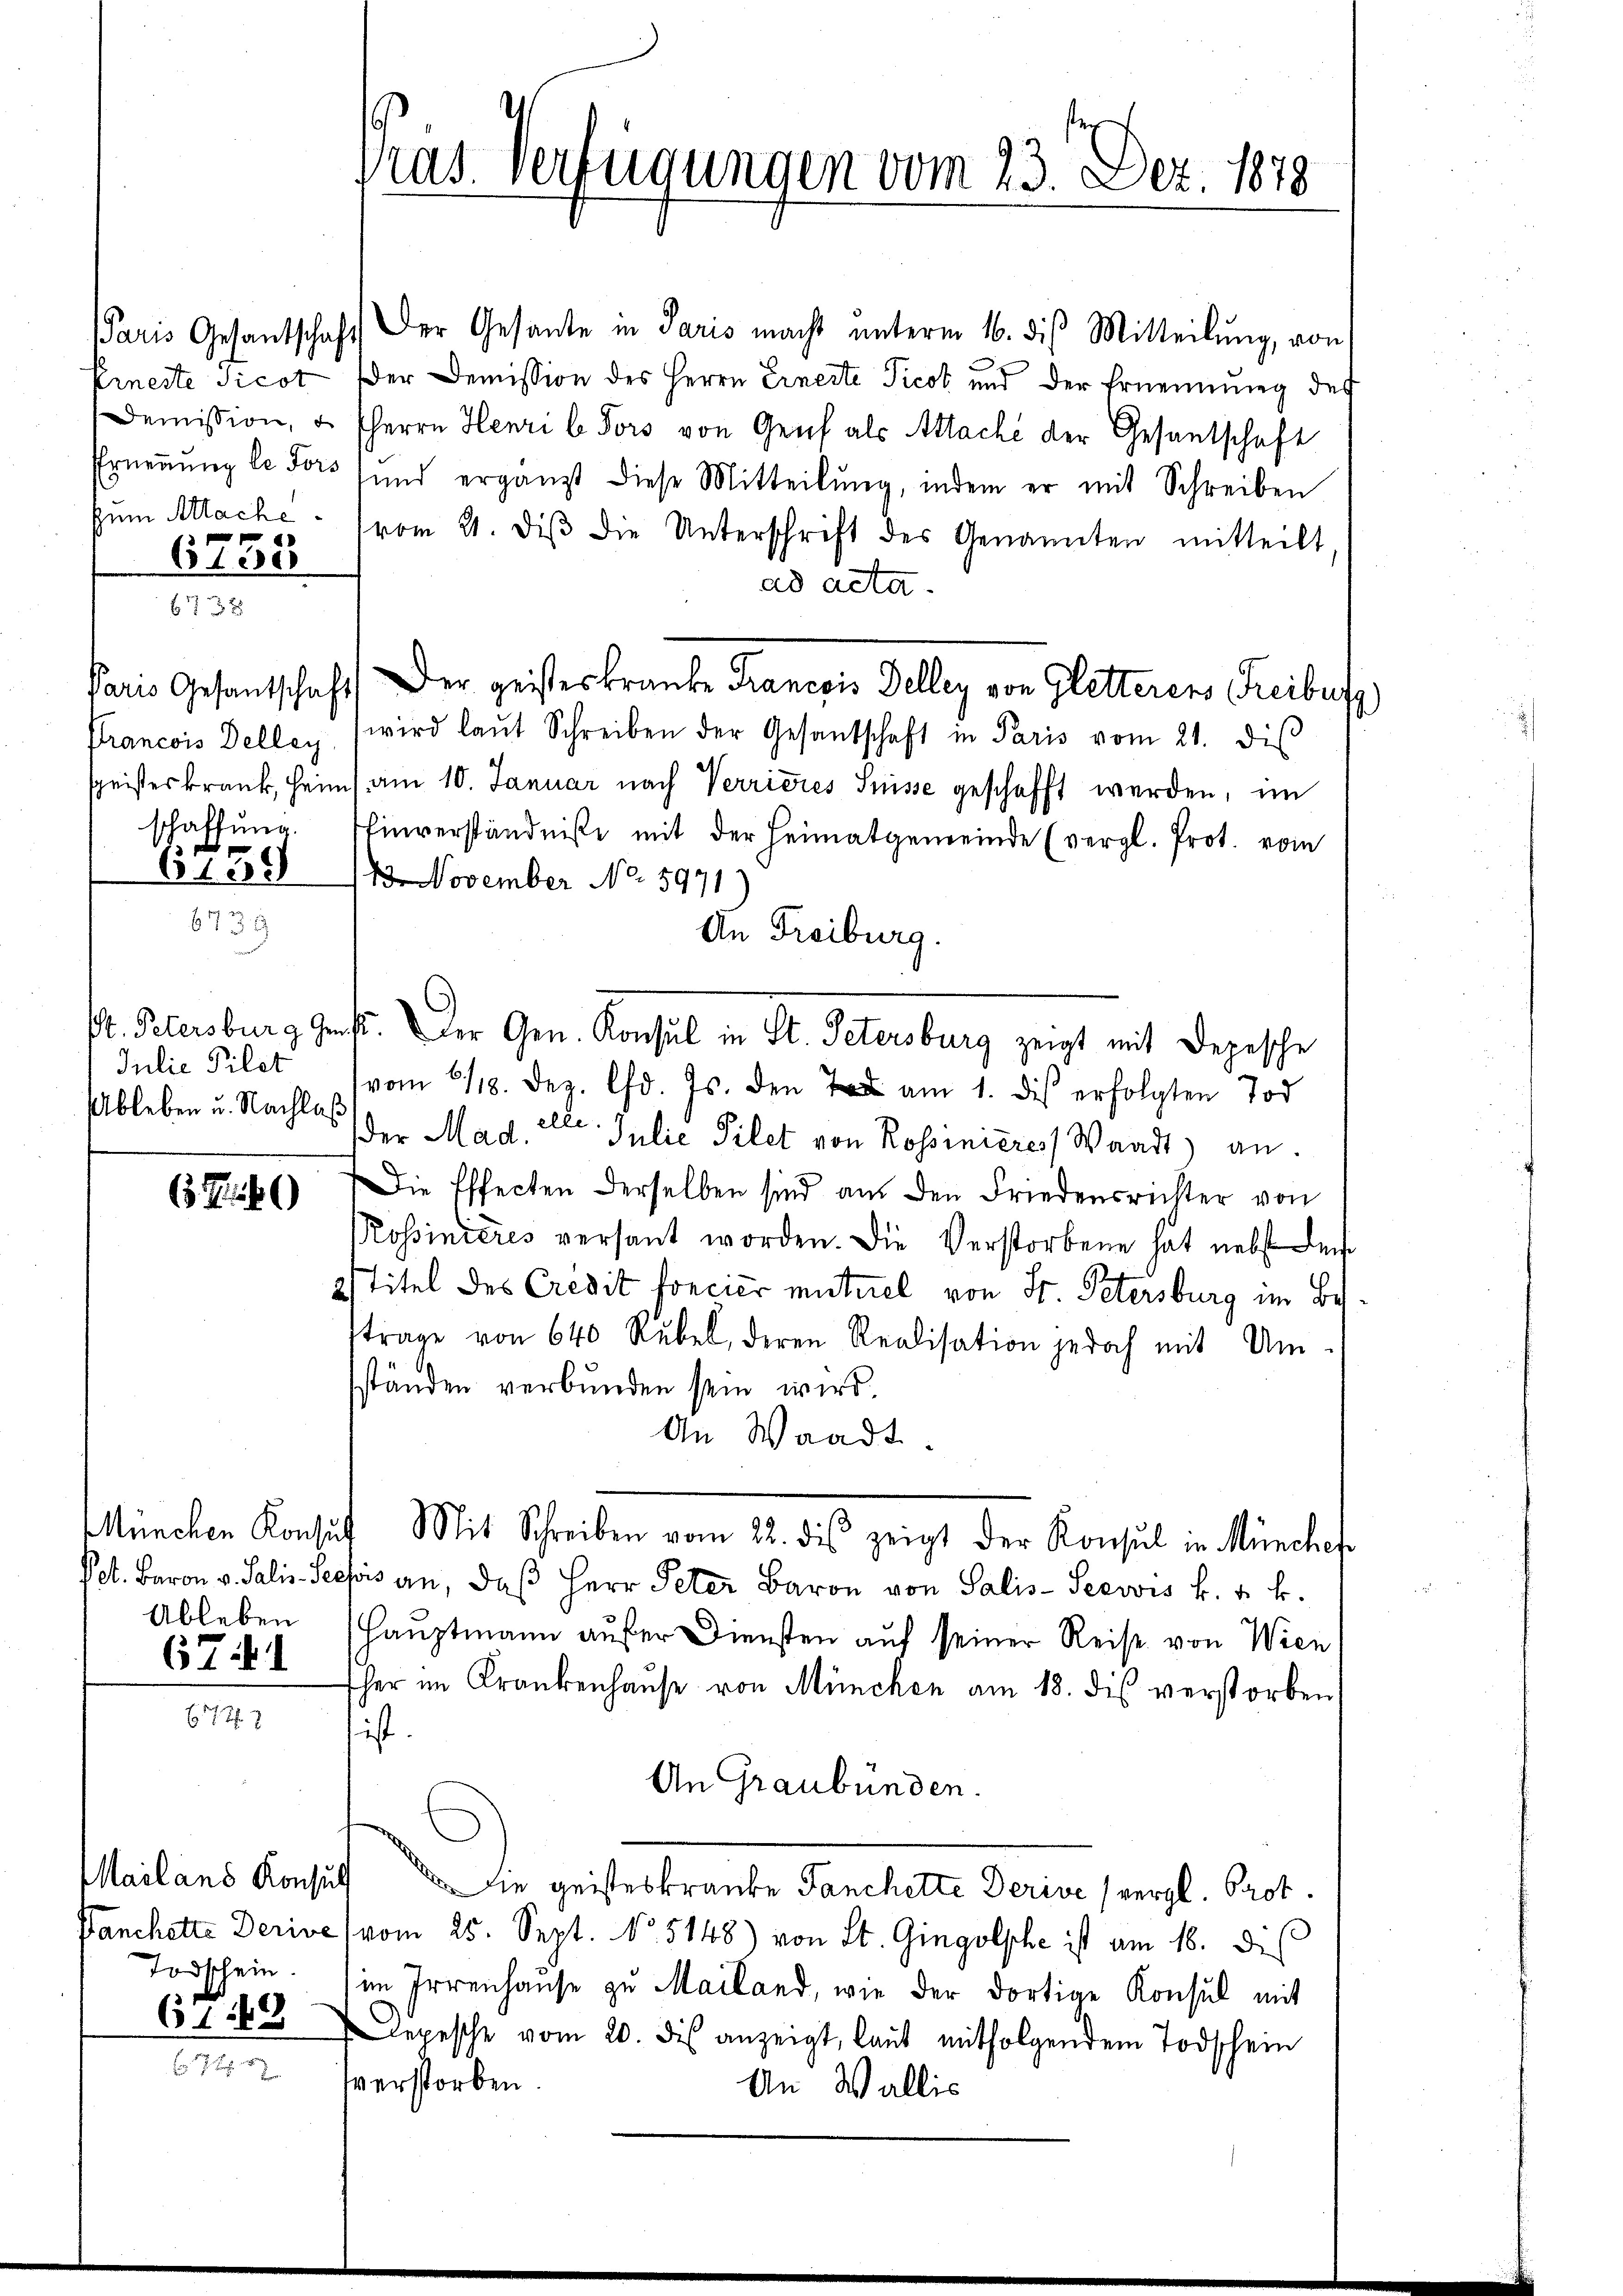
638

651

Pi

6735

672. 7

39

Julie Filet
Ableben u. Nachlaß

schaffung.

Paris Gesantschaft Der Gesante in Paris macht unterm 16. dis Mitteilung, von
Erneste Sicot der Demission des Herrn Einerte Ticot und der Ernennung des
Demission, u. herrn Henri b Pors von Genf als Attache der Gesantschaft
Erneṅŭng le dort sind ergänzt diese Mitteilŭng, indem er mit Schreiben
zŭm Atlache. (vom 21. diβ die Unterschrift des Genannten mitteilt
ad acta.
Paris Gesantschaft der geisteskranke Francois Delley von Gletterers Freiburg
Francois Dellay (wird laŭt Schreiben der Gesandschaft in Paris vom 21. diβ
speisteskrank, Heim (am 10. Januar nach Verrieres Suisse geschafft werden, im
Einverständniße mit der Heimatgemeinde (vergl. Prot. vom
1 November No. 5971
An Freiburg.
Pr. Petersburg Geist. Der Gen. Konsul in St. Petersburg zeigt mit Depesche
vom 6/18. Dez. d. Js. den am 1. des erfolgten Tod
der Mad. Al. Julie Pilet von Rossinieres Waadt) an.
Die Effecten derselben sind an den Friedensrichter von
Rossinieres versant worden. Die Verstorbene hat nebst ei
2stitel des Credit foncier miturel von St. Petersburg im Bes
trage von 640 Rübel, deren Realisation jedoch mit Um-
sständen verbunden sein wird.
An Waadt.
München Konsŭf Mit Schreiben vom 22. dis zeigt der Konsul in Müncher
Pet. Baron v. Salis-Seefois an, daß Herr Peter Baron von Salis-Seewis k. k. k.
Hauptmann aufer Diensten auf seiner Reise von Wien
sher im Krankenhaŭse von München am 18. des verstorben
ist.
An Graubünden.
Mailans Konsul Sie geisteskranke Fanchette Derive (vergl. Prot.
Banchette Derive (vom 25. Sept. No 5148) von St. Gingolphe ist am 16. Di
im Irrenhause zu Mailand, wie der dortige Konsul mit
epesche vom 20. des anzeigt, laut mitfolgendem Todschein
sverstorben.
An Wallis

Ableben
671

Todschein.
648

Pras. Verfügungen vom 23. Dez. 1878